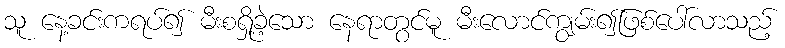
သူ နေ့ခင်းကရပ်၍ မီးစရှို့ခဲ့သော နေရာတွင်မူ မီးလောင်ကျွမ်း၍ဖြစ်ပေါ်လာသည့်